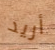
أريد